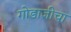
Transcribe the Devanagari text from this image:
गोडाजीचा